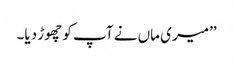
’’میری ماں نے آپ کو چھوڑ دیا۔